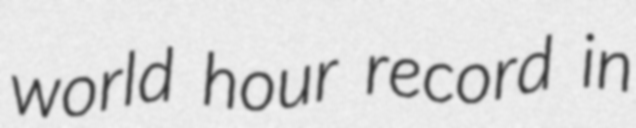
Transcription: world hour record in